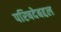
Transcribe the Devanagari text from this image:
परिषदेबद्दल